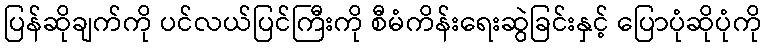
ပြန်ဆိုချက်ကို ပင်လယ်ပြင်ကြီးကို စီမံကိန်းရေးဆွဲခြင်းနှင့် ပြောပုံဆိုပုံကို